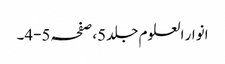
انوار العلوم جلد 5،صفحہ 5-4۔